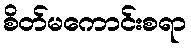
စိတ်မကောင်းစရာ